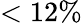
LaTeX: <12\%